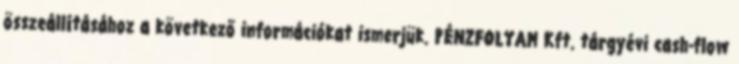
összeállításához a következő információkat ismerjük. PÉNZFOLYAM Kft. tárgyévi cash-flow